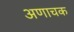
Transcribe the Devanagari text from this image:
अणाचक